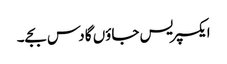
ایکسپریس جاؤں گا دس بجے۔